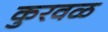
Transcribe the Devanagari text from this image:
कुरवळ